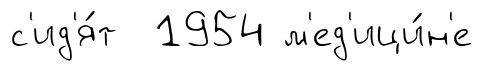
с'ид'я́т 1954 м'ед'ици́н'е